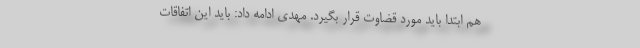
هم ابتدا باید مورد قضاوت قرار بگیرد. مهدی ادامه داد: باید این اتفاقات